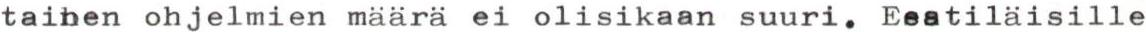
tainen ohjelmien määrä ei olisikaan suuri. Eestiläisille